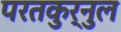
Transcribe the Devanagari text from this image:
परतकुर्नुल